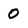
Character: 0